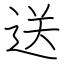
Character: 送